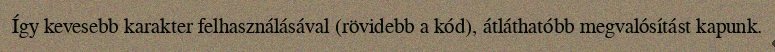
Így kevesebb karakter felhasználásával (rövidebb a kód), átláthatóbb megvalósítást kapunk.